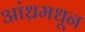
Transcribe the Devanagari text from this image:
आंध्रमधून